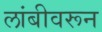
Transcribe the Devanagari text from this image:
लांबीवरून